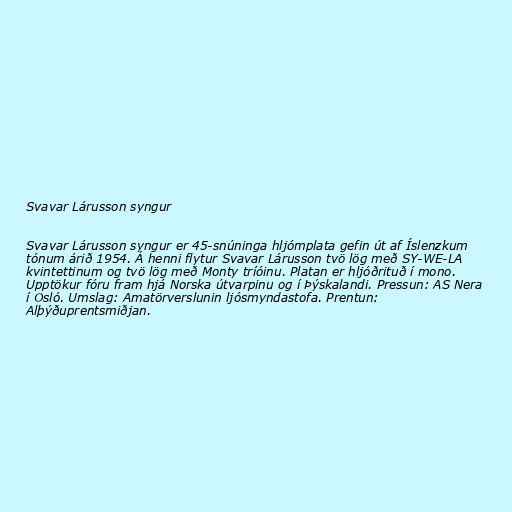
Svavar Lárusson syngur

Svavar Lárusson syngur er 45-snúninga hljómplata gefin út af Íslenzkum
tónum árið 1954. Á henni flytur Svavar Lárusson tvö lög með SY-WE-LA
kvintettinum og tvö lög með Monty tríóinu. Platan er hljóðrituð í mono.
Upptökur fóru fram hjá Norska útvarpinu og í Þýskalandi. Pressun: AS Nera
í Osló. Umslag: Amatörverslunin ljósmyndastofa. Prentun:
Alþýðuprentsmiðjan.